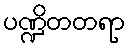
ပဏ္ဍိတတရာ